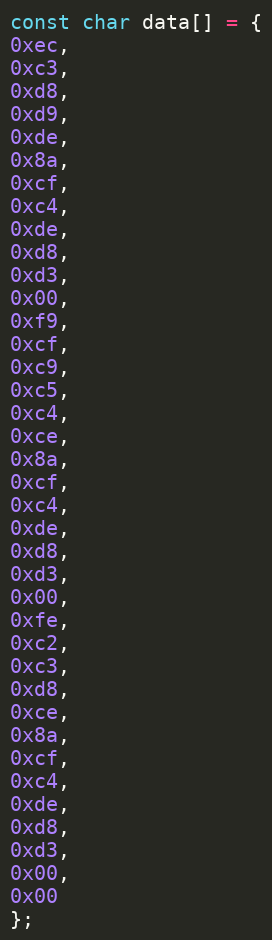
Language: C
const char data[] = {
0xec,
0xc3,
0xd8,
0xd9,
0xde,
0x8a,
0xcf,
0xc4,
0xde,
0xd8,
0xd3,
0x00,
0xf9,
0xcf,
0xc9,
0xc5,
0xc4,
0xce,
0x8a,
0xcf,
0xc4,
0xde,
0xd8,
0xd3,
0x00,
0xfe,
0xc2,
0xc3,
0xd8,
0xce,
0x8a,
0xcf,
0xc4,
0xde,
0xd8,
0xd3,
0x00,
0x00
};